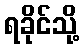
ရခိုင်သို့